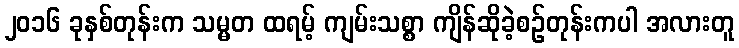
၂၀၁၆ ခုနှစ်တုန်းက သမ္မတ ထရမ့် ကျမ်းသစ္စာ ကျိန်ဆိုခဲ့စဉ်တုန်းကပါ အလားတူ